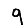
Digit: 9